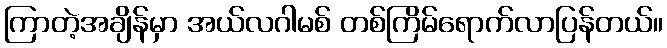
ကြာတဲ့အချိန်မှာ အယ်လဂါမစ် တစ်ကြိမ်ရောက်လာပြန်တယ်။